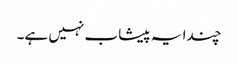
چندا یہ پیشاب نہیں ہے۔